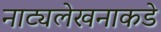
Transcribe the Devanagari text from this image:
नाट्यलेखनाकडे